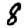
Digit: 8